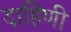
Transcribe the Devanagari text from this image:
दाहिणी